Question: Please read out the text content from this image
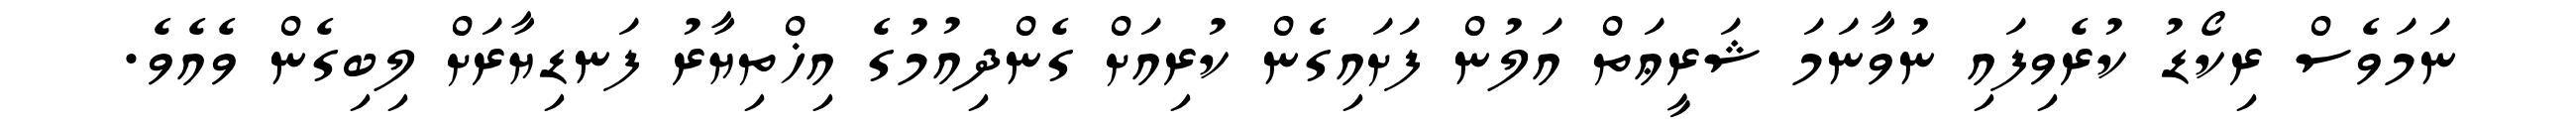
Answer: ނަމަވެސް ރިކޯޑު ކުރެވިފައި ނުވާނަމަ ޝަރީޢަތް އަލުން ފަށައިގެން ކުރިއަށް ގެންދިއުމުގެ އިޚްތިޔާރު ފަނޑިޔާރަށް ލިބިގެން ވެއެވެ.